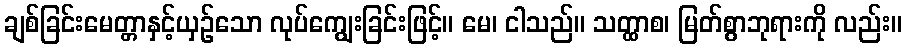
ချစ်ခြင်းမေတ္တာနှင့်ယှဉ်သော လုပ်ကျွေးခြင်းဖြင့်။ မေ၊ ငါသည်။ သတ္ထာစ၊ မြတ်စွာဘုရားကို လည်း။